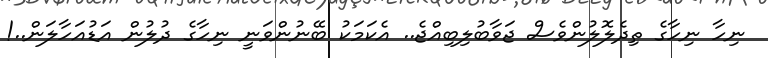
ނިހާ ނިހާގެ ތިދެލޮލުންވެސް ޖަވާބުލިބިއްޖެ.. އެކަމަކު ބޭނުންވަނީ ނިހާގެ ދުލުން އަޑުއަހާލަން..!